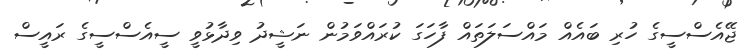
ޖޭއެސްސީގެ ހުރި ބައެއް މައްސަލަތައް ފާހަގަ ކުރައްވަމުން ނަޝީދު ވިދާޅުވީ ސީއެސްސީގެ ރައީސް